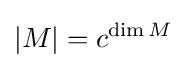
|M|=c^{\dim M}